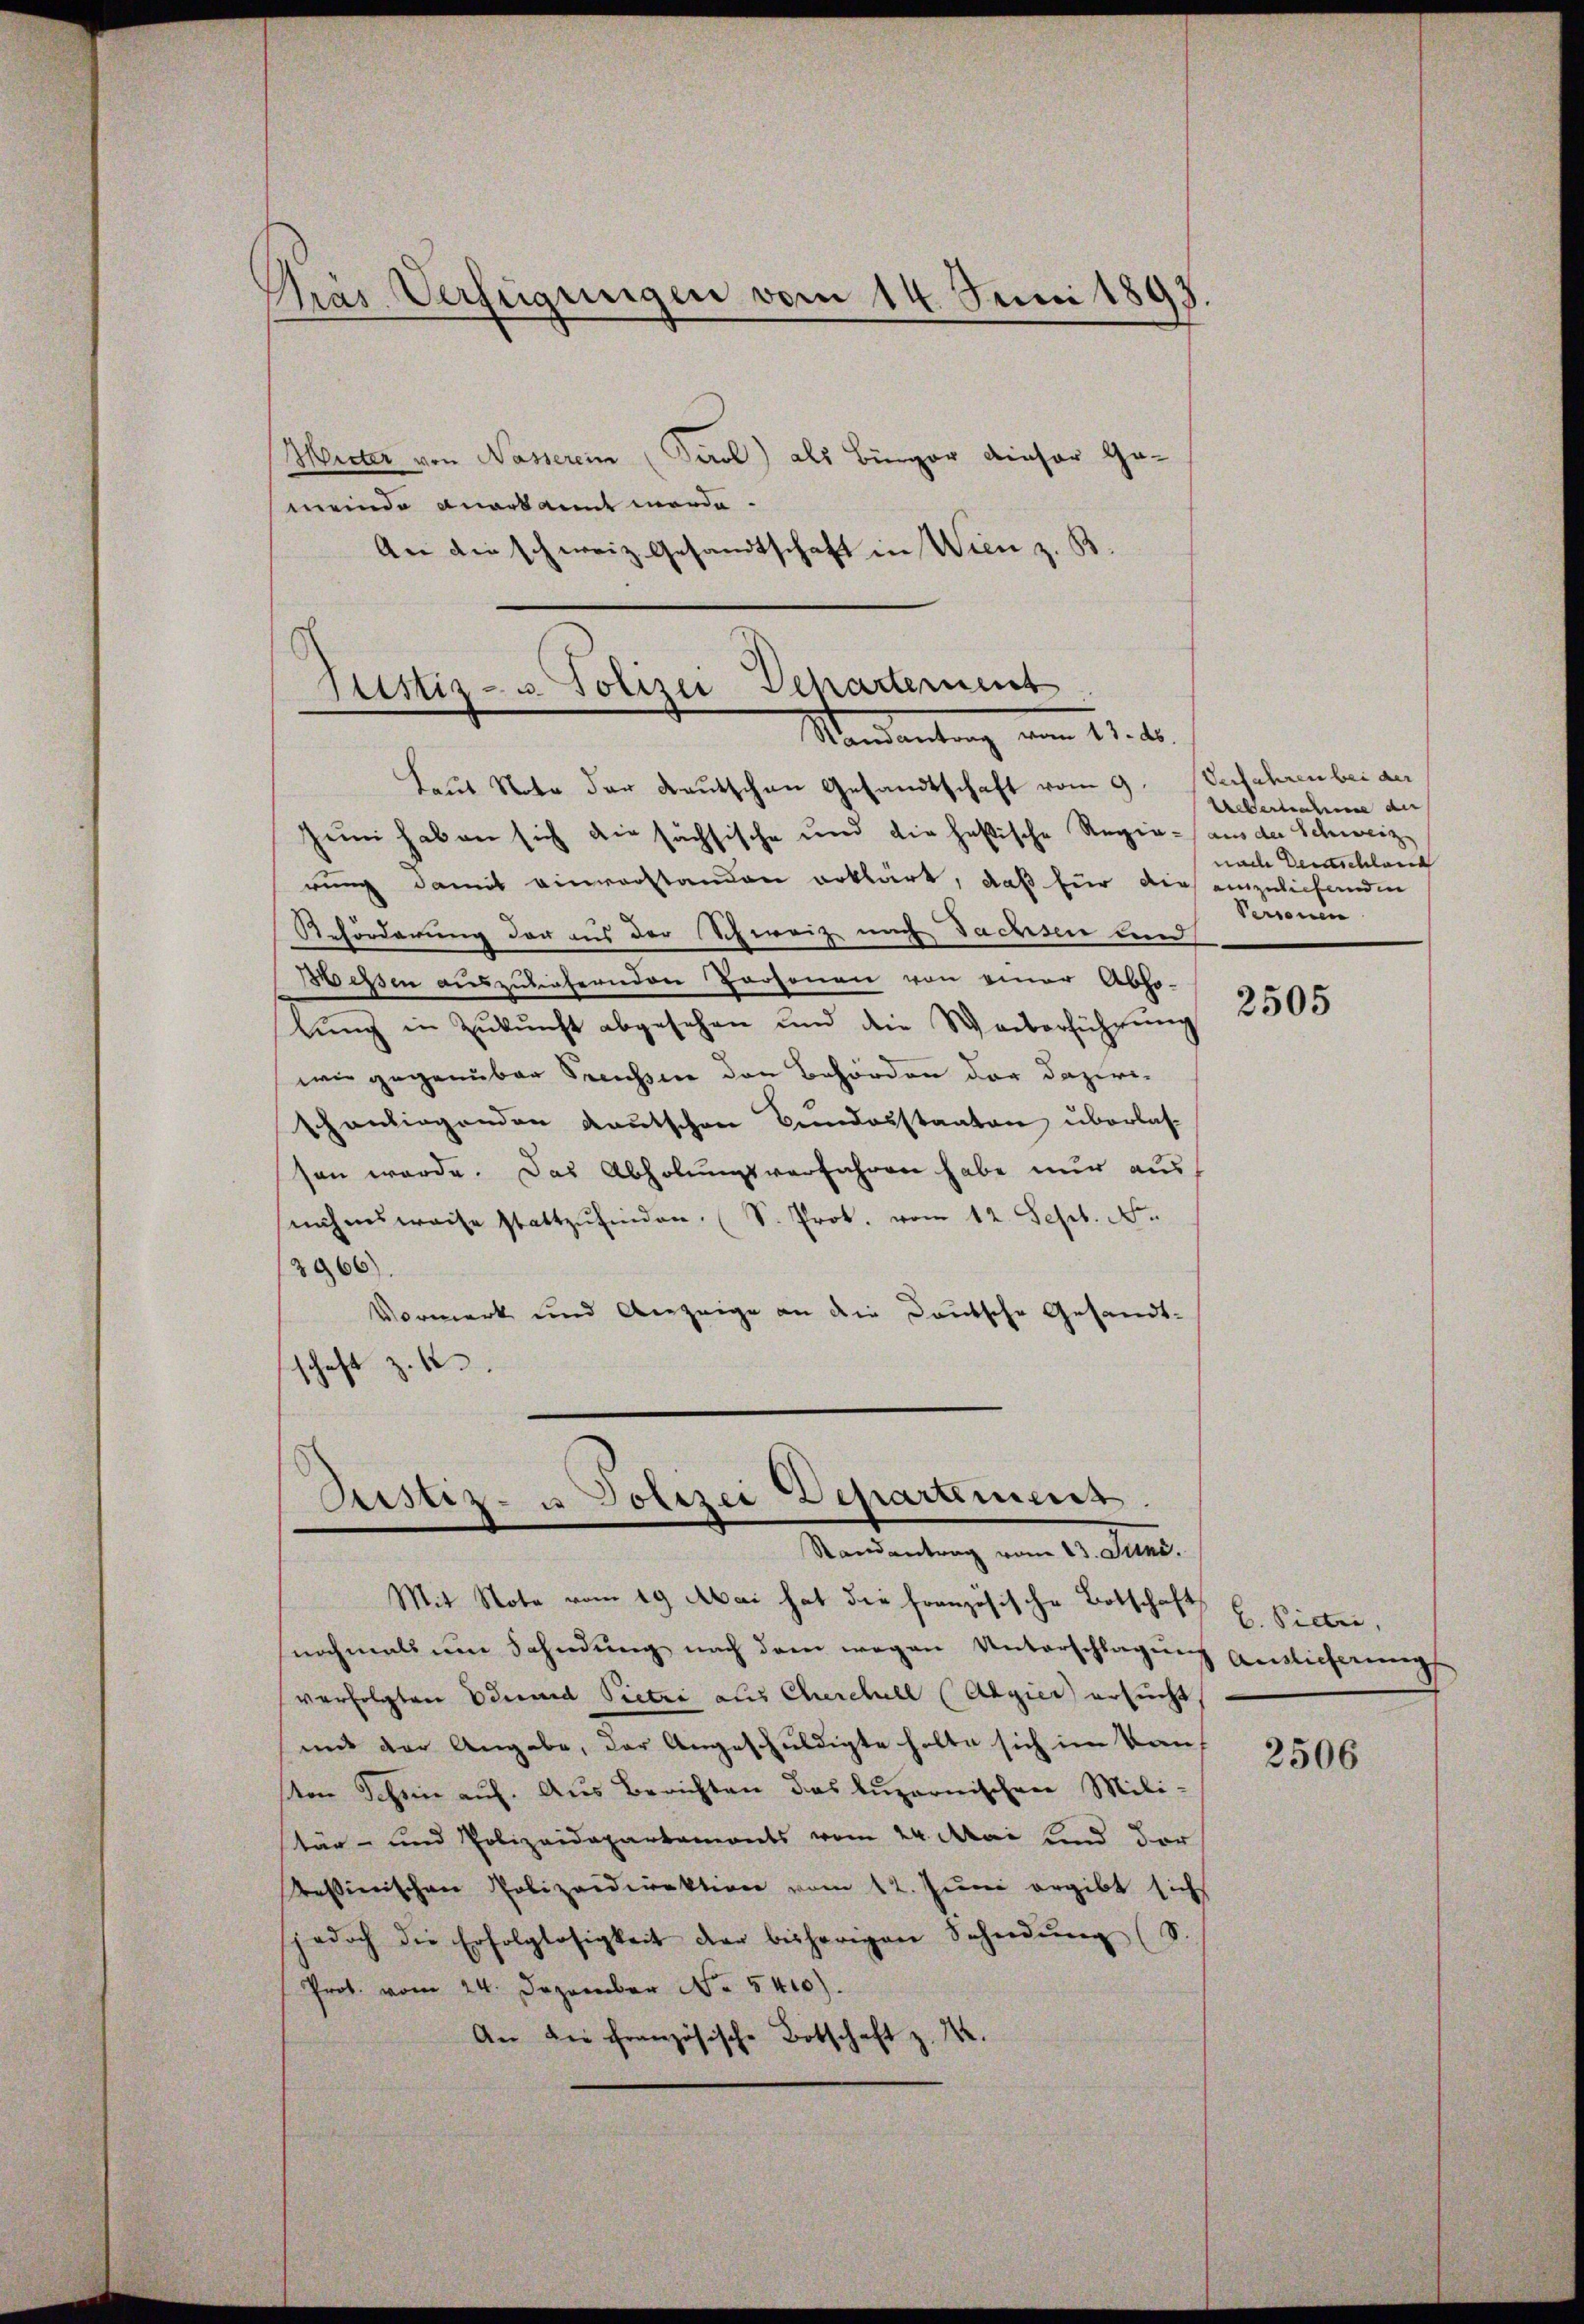
Prás Verfügungen vom 14. Juni 1893.

Wieter von Nasserein Tirol als Bürger dieser Ge-
meinde anerkannt werde.
An die schweiz. Gesandtschaft in Wien z. B.

Justiz- u. Polizei Departement
Mandantung vom 21. M.
Laut Note der deutschen Gesandtschaft vom 9. Verfahren bei der

hum haben sich die sächsische und die hastische Regie-aus der Schweiz
rung damit einverstanden erklärt, daß für dies einzuliefenden
Reförderung der aus der Schweiz nach Sachsen und
Wessen auszuliefernden Personen von einer Abho-
lŭng in Zukunft abgesehen und die Weiterführung
wie gegenüber Preusser den Behörden der dazireschanliegenden Kautschen Bundesstaaten überlassen werde. Das Abholungsverfahren habe nur aus
nahmsweise stattzŭfinden. (S. Prot. vom 12. Sept. N.
3966).
Vormerk und Anzeige an die Deutsche Gesandtschaft z. B.

Justiz- u Polizei Departiment
Randantrag vom 23. Juni.

Mit Note vom 19. Mai hat die französische Botschaft
nochmals um Fahndung nach dem wegen Unterschlagung
verfolgten Eduard Pietri aus Cherchell Algies ersucht
mit der Angabe, der Angeschuldigte holte sich im Kauf
ten Schein auf. Aus Berichten das luzernischen Mili-
tär- und Polizeidepartemonts vom 24. Mai und dor
Tessinischen Polizeidirektion vom 12. Juni ergibt sich
jedoch die Erfolglosigkeit der bisherigen Schndŭng (S.
Prot. vom 24. Dezember No. 5410).
An die französische Botschaft z. B.

Uebernahme de
nach Deutschland
Personen

2505

E. Pietri,
Auslicherung

2506